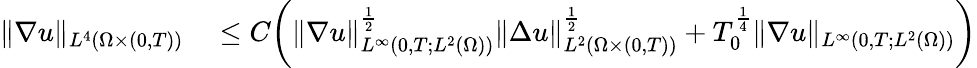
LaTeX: \begin{array}{rl}{\| \nabla u\| _{L^{4}(\Omega\times(0,T))}}&{{}\leq C\bigg(\| \nabla u\| _{L^{\infty}(0,T;L^{2}(\Omega))}^{\frac{1}{2}}\| \Delta u\| _{L^{2}(\Omega\times(0,T))}^{\frac{1}{2}}+T_{0}^{\frac{1}{4}}\| \nabla u\| _{L^{\infty}(0,T;L^{2}(\Omega))}\bigg)}\end{array}